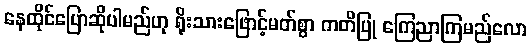
နေထိုင်ပြောဆိုပါမည်ဟု ရိုးသားဖြောင့်မတ်စွာ ကတိပြု ကြေညာကြမည်လော